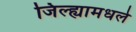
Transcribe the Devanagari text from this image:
जिल्ह्यामधले